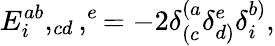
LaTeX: E_{i}^{ab},_{cd},^{e}=-2\delta_{(c}^{(a}\delta_{d)}^{e}\delta_{i}^{b)},